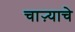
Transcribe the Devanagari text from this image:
चाऱ्याचे